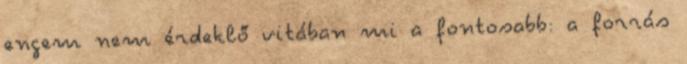
engem nem érdeklő vitában mi a fontosabb: a forrás